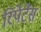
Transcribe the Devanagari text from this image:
रिपेंटेंस